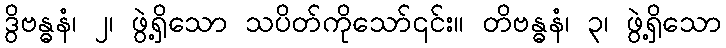
ဒွိဗန္ဓနံ၊ ၂၊ ဖွဲ့ရှိသော သပိတ်ကိုသော်၎င်း။ တိဗန္ဓနံ၊ ၃၊ ဖွဲ့ရှိသော